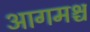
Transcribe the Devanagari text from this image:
आगमश्च